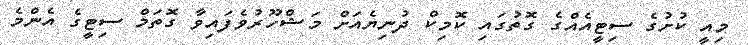
މިއީ ކުށުގެ ސިޓީއެއްގެ ގޮތުގައި ކޮމިކް ދުނިޔެއަށް މަޝްހޫރުވެފައިވާ ގޮތަމް ސިޓީގެ އެންމެ